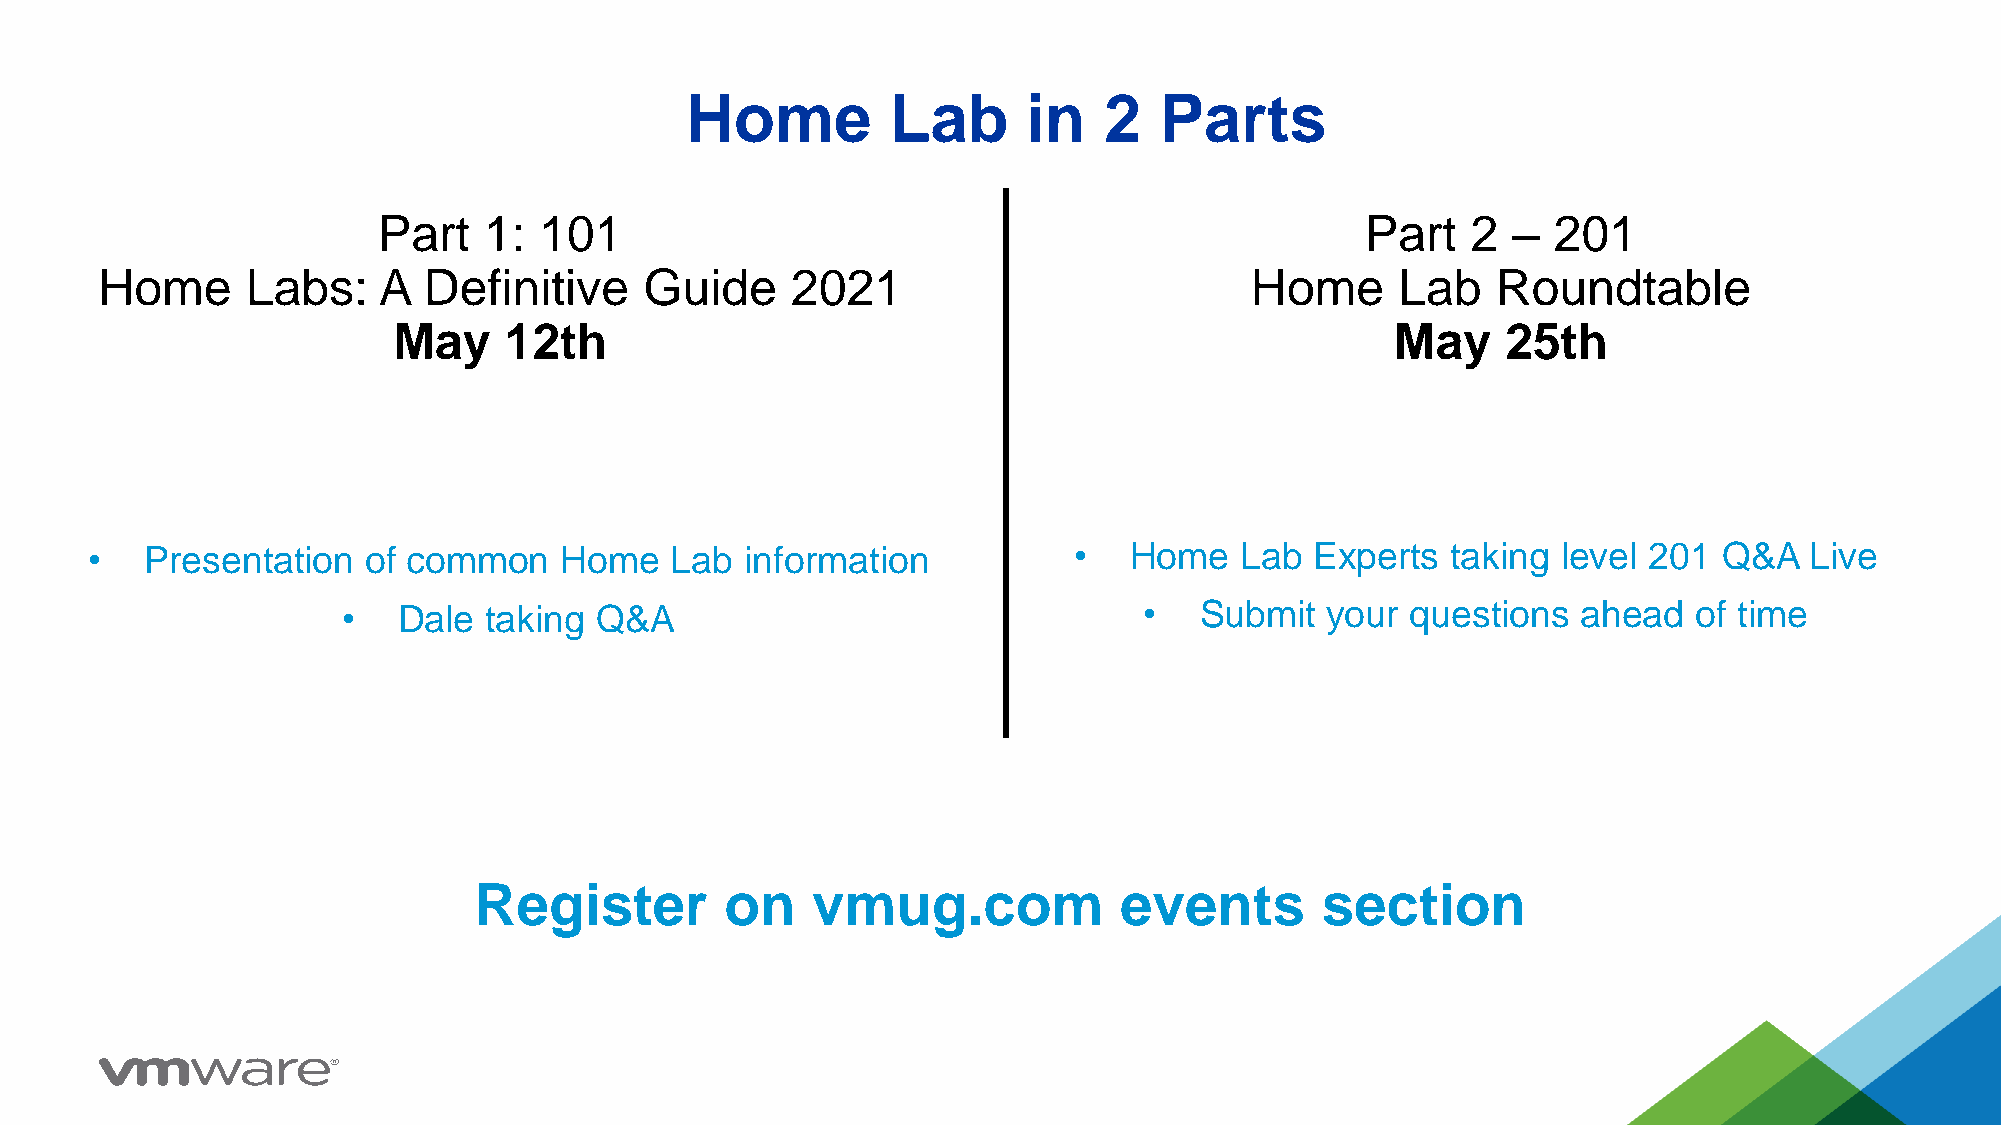
Home          Lab      in   2   Parts
 Part   1:  101                                                   Part   2  –  201
 Home     Labs:    A  Definitive     Guide    2021                           Home      Lab   Roundtable
 May    12th                                                       May     25th
 •   Presentation  of common    Home   Lab  information           •   Home   Lab  Experts  taking level 201  Q&A   Live
 •  Dale  taking Q&A                                  •  Submit   your questions   ahead  of time
 Register         on    vmug.com            events       section